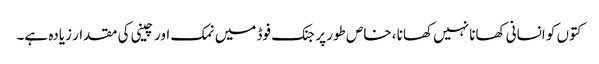
کتوں کو انسانی کھانا نہیں کھانا ، خاص طور پر جنک فوڈ میں نمک اور چینی کی مقدار زیادہ ہے۔